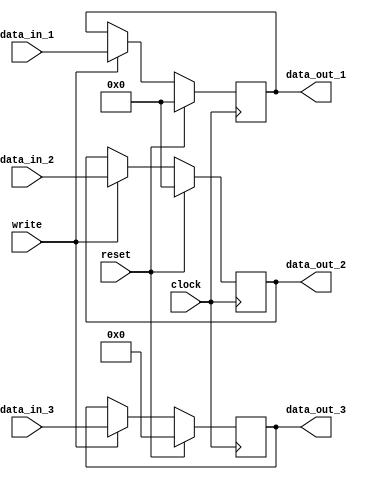
//A single register

module three_register(
    input wire [31:0] data_in_1,
    output reg [31:0] data_out_1,
	input wire [31:0] data_in_2,
    output reg [31:0] data_out_2,
	input wire [4:0] data_in_3,
    output reg [4:0] data_out_3,
    input wire reset,
    input wire write,
	input wire clock);

    always @(posedge clock) begin
        if (reset == 1'b1) begin //clears register
            data_out_1 <= 32'h0;
			data_out_2 <= 32'h0;
			data_out_3 <= 32'h0;
        end else if (write == 1'b1) begin
            data_out_1 <= data_in_1;
			data_out_2 <= data_in_2;
			data_out_3 <= data_in_3;
        end else begin
            data_out_1 <= data_out_1;
			data_out_2 <= data_out_2;
			data_out_3 <= data_out_3;
        end
    end

endmodule